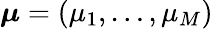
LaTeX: \boldsymbol{\mu}=(\mu_{1},\ldots,\mu_{M})